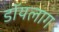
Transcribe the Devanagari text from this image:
डॉयलाग